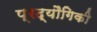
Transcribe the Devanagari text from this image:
प्रद्यौगिकी